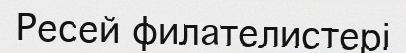
Ресей филателистері